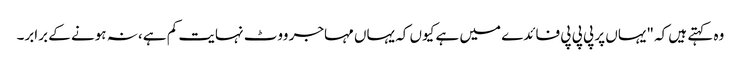
وہ کہتے ہیں کہ "یہاں پر پی پی پی فائدے میں ہے کیوں کہ یہاں مہاجر ووٹ نہایت کم ہے، نہ ہونے کے برابر۔